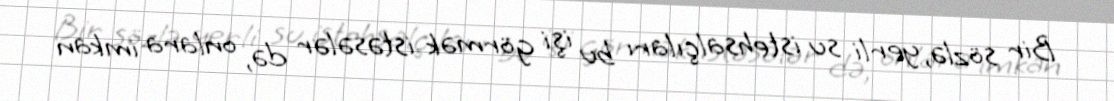
Bir sözlə, yerli su istehsalçıları bu işi görmək istəsələr də, onlara imkan